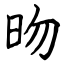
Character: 昒